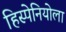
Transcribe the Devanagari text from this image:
हिस्पेनियोला